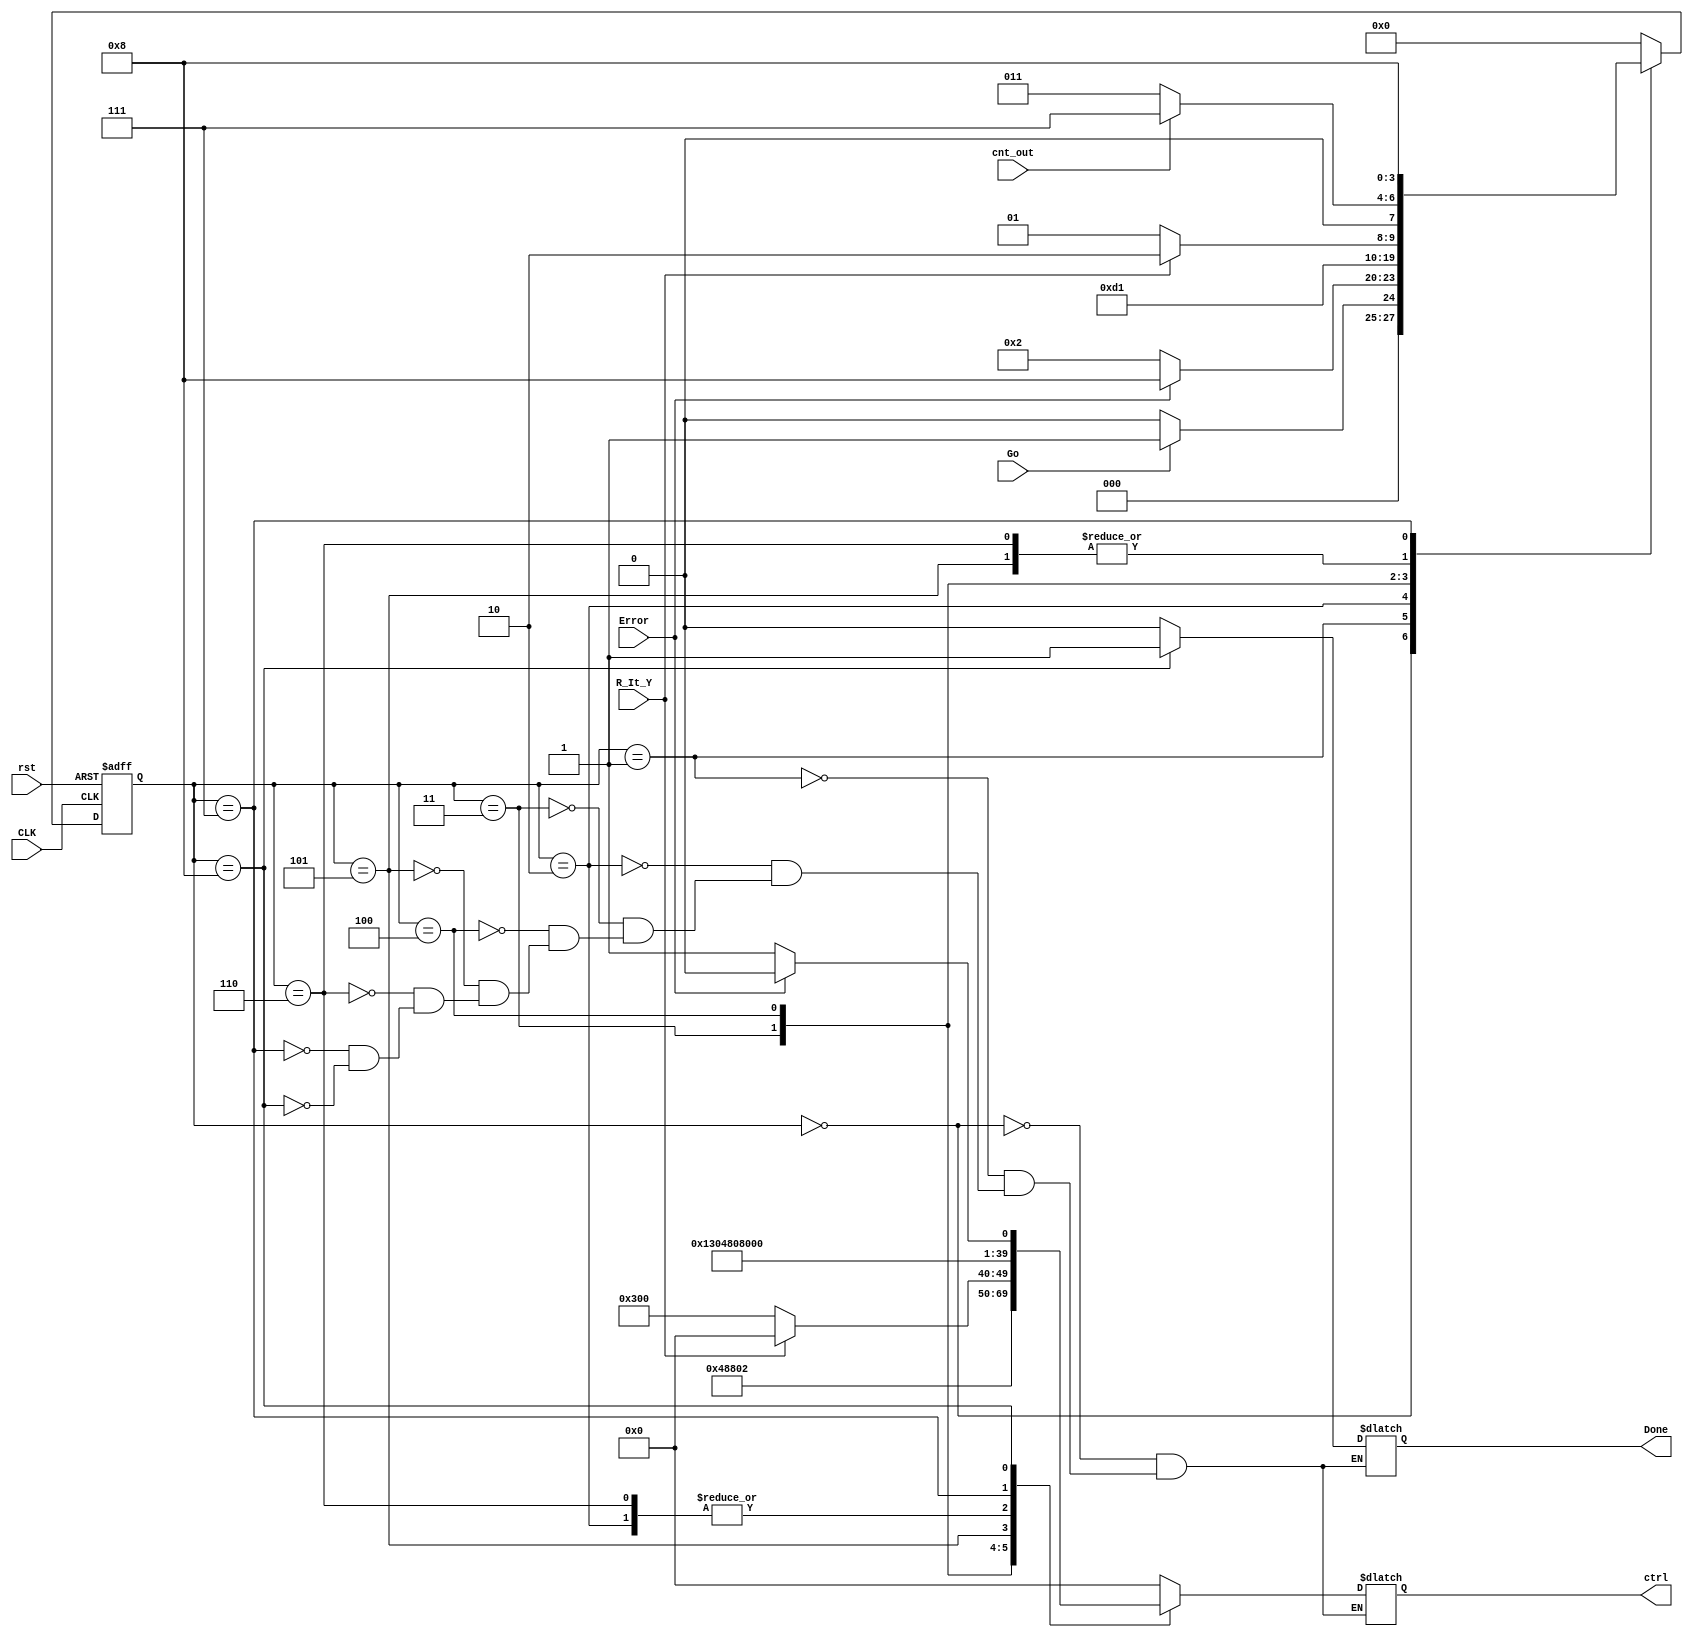
`timescale 1ns / 1ps
//////////////////////////////////////////////////////////////////////////////////
// Company: 
// Engineer: 
// 
// Design Name: 
// Module Name: div_cu
// Project Name: 
// Target Devices: 
// Tool Versions: 
// Description: 
// 
// Dependencies: 
// 
// Revision:
// Revision 0.01 - File Created
// Additional Comments:
// 
//////////////////////////////////////////////////////////////////////////////////


module div_cu(input rst, CLK, Go, R_It_Y, cnt_out, Error,
          output reg [9:0] ctrl,
          output reg Done);
reg [3:0] ns, cs;
parameter
    IDLE = 10'b0_0_0_0_0_0_0_0_0_0, //0
    S1 = 10'b0_1_0_0_1_0_0_0_1_0, //1
    S2 = 10'b0_0_1_0_0_1_0_0_0_0,
    S3 = 10'b0_0_0_0_0_0_0_0_1_0, //2
    S3_0 = 10'b1_1_0_0_0_0_0_0_0_0, //3
    S3_1 = 10'b0_0_0_0_0_0_0_0_0_0, //4
    S4 = 10'b0_0_1_0_0_1_1_0_0_0, //5
    S5 = 10'b0_0_1_0_0_1_0_0_0_0, //6
    S6 = 10'b0_0_0_1_0_0_0_0_0_0,
    S7 = 10'b0_0_0_0_0_0_0_0_0_1,
    S7_E = 10'b0_0_0_0_0_0_0_0_0_0;
always @(Go, Done, ns, cs, Error, R_It_Y, cnt_out)
begin
    case(cs)
        4'd0:
            begin
                Done = 0;
                if(Go) ns = 4'd1;
                else   ns = 4'd0;
            end
        4'd1:
            begin
                Done = 0;
                if(Error) begin ns = 4'd8; end
                else ns = 4'd2;
            end
        4'd2:
            begin
                Done = 0; 
                ns = 4'd3;
            end
         4'd3:
           begin
               Done = 0;
               ns = 4'd4;
           end
        4'd4:
            begin
                Done = 0;
                begin if(R_It_Y) ns = 4'd6; else ns = 4'd5; end
            end
        4'd5:
            begin
                Done = 0;
                if(cnt_out) ns = 4'd7;
                else ns = 4'd3;
            end
        4'd6:
            begin
                Done = 0;
                if(cnt_out) ns = 4'd7;
                else ns = 4'd3;
            end
        4'd7:
            begin
                Done = 0;
                ns = 4'd8;
            end
        4'd8:
            begin
                Done = 1;
                ns = 4'd0;
            end
        default: ns = 4'd0;
    endcase
end

always @(posedge CLK, posedge rst)
begin
    if(rst)
        cs <= 0;
    else
        cs <= ns;
end

always @(cs, ctrl, R_It_Y, Error) //{sel1, ld1, sl1, sr1, ld2, sl2, lf, ud, ce, sel2} = ctrl;
begin
    case(cs)
        4'd0: ctrl = IDLE;
        4'd1: ctrl = S1;
        4'd2: ctrl = S2;
        4'd3: ctrl = S3;
        4'd4: begin if(R_It_Y) ctrl = S3_1; else ctrl = S3_0; end
        4'd5: ctrl = S4;
        4'd6: ctrl = S5;
        4'd7: ctrl = S6;
        4'd8: begin if(Error) begin ctrl = S7_E; end  else begin ctrl = S7; end end
    endcase
end
endmodule